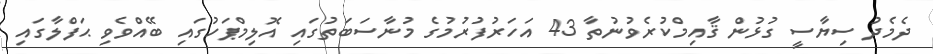
ދެމެދު ސިޔާސީ ގުޅުން ޤާއިމްކުރެވުނުތާ 43 އަހަރުފުރުމުގެ މުނާސަބަތުގައި އޮލިމްޕަހުގައި ބޭއްވެވި ޙަފްލާގައި